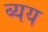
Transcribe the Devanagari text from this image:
ब्यय